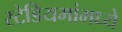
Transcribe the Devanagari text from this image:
स्टेडियमांमध्ये